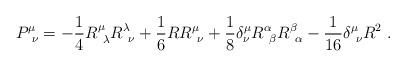
LaTeX: \begin{align*}P^\mu_{\ \nu } = -{1\over 4}R^\mu_{\ \lambda} R^\lambda_{\ \nu} +{1\over 6}R R^\mu_{\ \nu} +{1\over 8}\delta^\mu_\nu R^\alpha_{\ \beta} R^\beta_{\ \alpha} - {1\over 16} \delta^\mu_{\ \nu} R^2 \ .\end{align*}